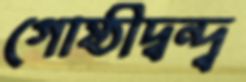
গোষ্ঠীদ্বন্দ্ব